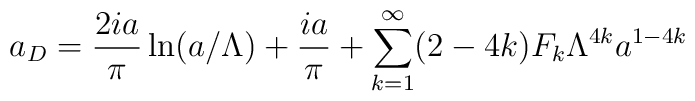
a_D=\frac{2ia}{\pi}\ln(a/\Lambda)+\frac{ia}{\pi}+\sum_{k=1}^\infty (2-4k) F_k \Lambda^{4k} a^{1-4k}